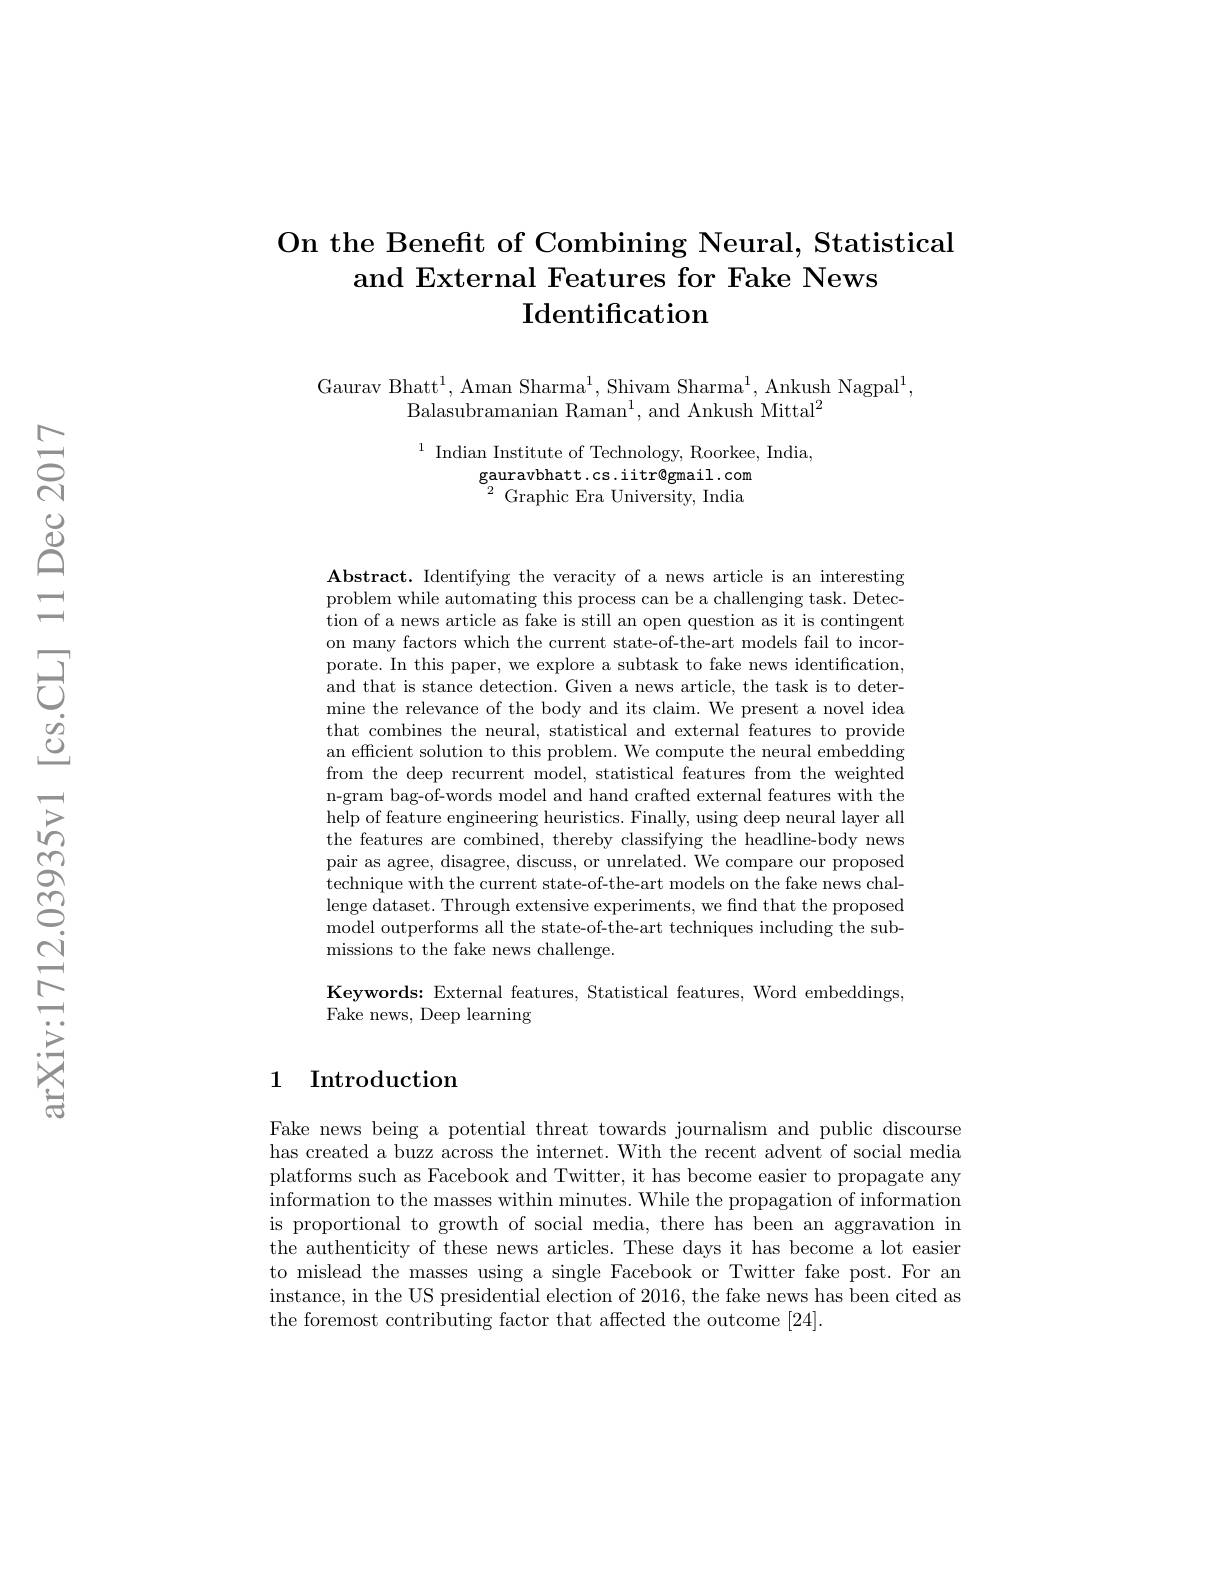
## On the Benefit of Combining Neural, Statistical and External Features for Fake News $\mathbf{I}$dentification

Gaurav Bhatt$^1$, Aman Sharma$^1$, Shivam Sharma$^1$, Ankush Nagpal$^1$,
Balasubramanian Raman$^1$, and Ankush Mittal$^2$

$^{1}$ Indian Institute of Technology, Roorkee, India,
gauravbhatt.cs.iitr@gmail.com $^{2}{\mathrm{~Graphic~Era~University,~India}}$

Abstract. Identifying the veracity of a news article is an interesting problem while automating this process can be a challenging task. Detection of a news article as fake is still an open question as it is contingent on many factors which the current state-of-the-art models fail to incorporate. In this paper, we explore a subtask to fake news identification and that is stance detection. Given a news article, the task is to determine the relevance of the body and its claim. We present a novel idea that combines the neural, statistical and external features to provide an efficient solution to this problem. We compute the neural embedding from the deep recurrent model, statistical features from the weighted n-gram bag-of-words model and hand crafted external features with the help of feature engineering heuristics. Finally, using deep neural layer all the features are combined, thereby classifying the headline-body news pair as agree, disagree, discuss, or unrelated. We compare our proposed technique with the current state-of-the-art models on the fake news challenge dataset. Through extensive experiments, we find that the proposed model outperforms all the state-of-the-art techniques including the submissions to the fake news challenge.

Keywords: External features, Statistical features, Word embeddings,
Fake news, Deep learning

## 1 Introduction

Fake news being a potential threat towards journalism and public discourse has created a buzz across the internet. With the recent advent of social media platforms such as Facebook and Twitter, it has become easier to propagate any information to the masses within minutes. While the propagation of information is proportional to growth of social media, there has been an aggravation in the authenticity of these news articles. These days it has become a lot easier to mislead the masses using a single Facebook or Twitter fake post. For an instance, in the US presidential election of 2016, the fake news has been cited as the foremost contributing factor that affected the outcome [24].